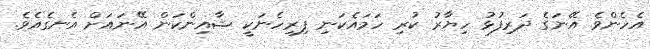
އެހެންވެ އޭނަގެ ދަރިފުޅު ހިޔާރު ކުރި ހަމައެކަނި ފިރިހެނަކީ ޝާއިންކަން އޭނައަށް އެނގެއެވެ.